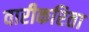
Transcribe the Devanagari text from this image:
वारीकरिता